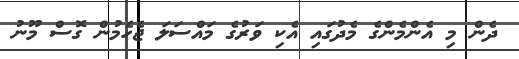
ދެން މި އެންމެންގެ މެދުގައި އެކި ވަރުގެ މައްސަލަ ޖެހެމުން ގޮސް މޫނު